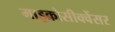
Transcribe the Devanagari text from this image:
माइक्रोसीक्वेंसर